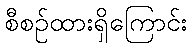
စီစဉ်ထားရှိကြောင်း